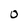
Character: 0